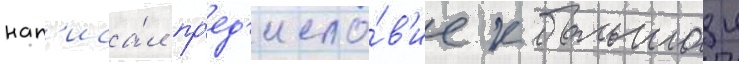
нап'иса́л пр'ед'исло́в'ие к большои